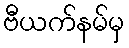
ဗီယက်နမ်မှ